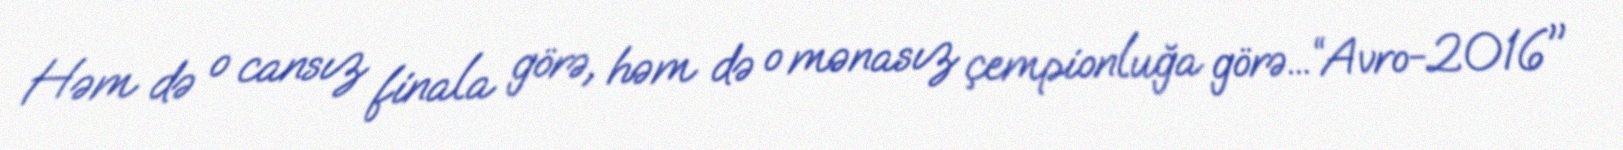
Həm də o cansız finala görə, həm də o mənasız çempionluğa görə...“Avro-2016"